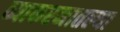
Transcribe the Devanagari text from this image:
व्याकरनातल्या